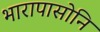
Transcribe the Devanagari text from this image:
भारापासोनि